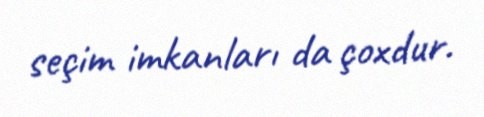
seçim imkanları da çoxdur.